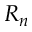
R _ { n }